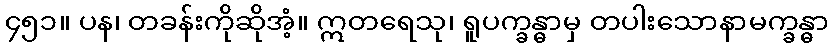
၄၅၁။ ပန၊ တခန်းကိုဆိုအံ့။ ဣတရေသု၊ ရူပက္ခန္ဓာမှ တပါးသောနာမက္ခန္ဓာ